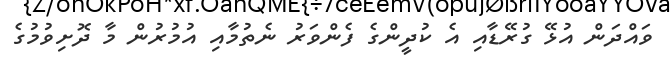
ވައްދަން އުޅޭ ގުރޭޑާއި އެ ކުދީންގެ ފެންވަރު ނެތުމާއި އުމުރުން މާ ދޮށިވުމުގެ